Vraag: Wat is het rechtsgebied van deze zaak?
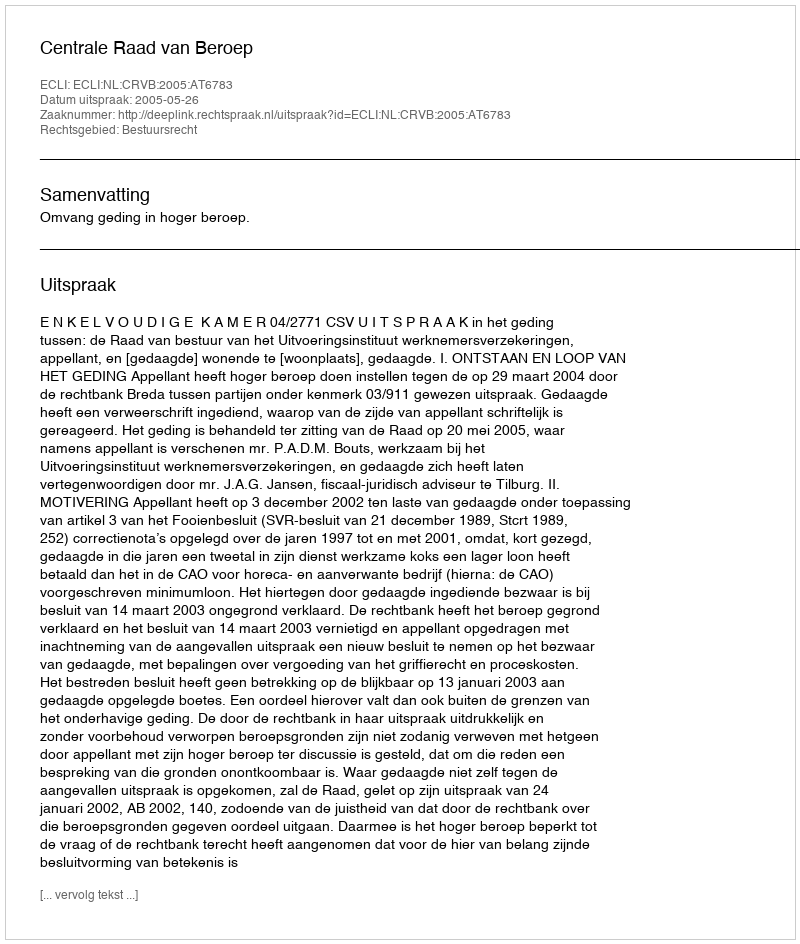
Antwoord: Bestuursrecht